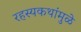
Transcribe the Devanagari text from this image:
रहस्यकथांमुळे